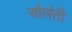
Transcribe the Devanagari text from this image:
औलेंती